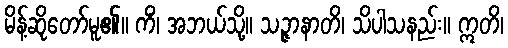
မိန့်ဆိုတော်မူ၏။ ကိံ၊ အဘယ်သို့။ သဉ္ဇာနာတိ၊ သိပါသနည်း။ ဣတိ၊